Indian journal of veterinary science and animal husbandry - Volume 7,
Year: 1937
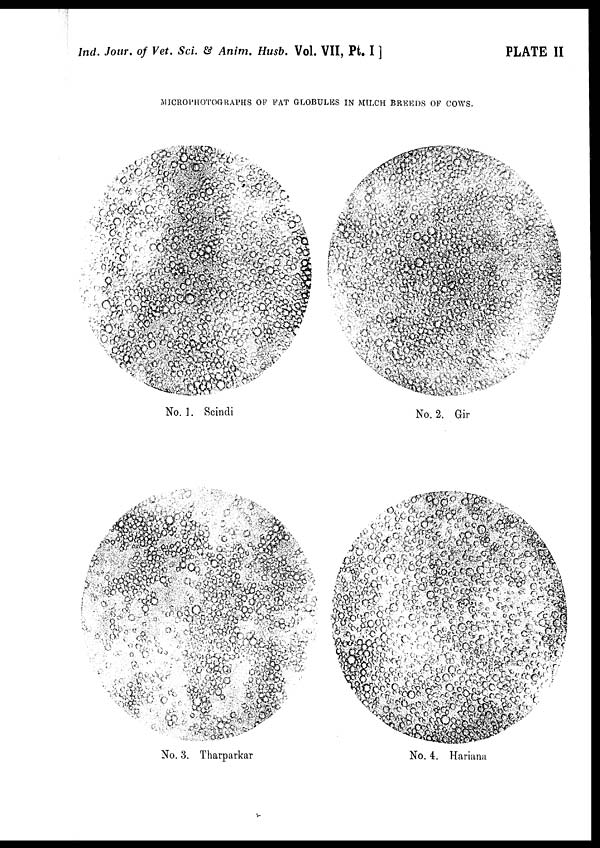
Ind. Jour, of Vet. Sci. & Anim. Husb. Vol. VII, Pt. I ]
PLATE II
MICROPHOTOGRAPHS OF FAT GLOBULES IN MILCH BREEDS OF COWS.
No. 1. Scindi
No. 2. Gir
No. 3. Tharparkar
No. 4. Hariana